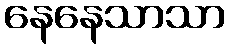
နေနေသာသာ